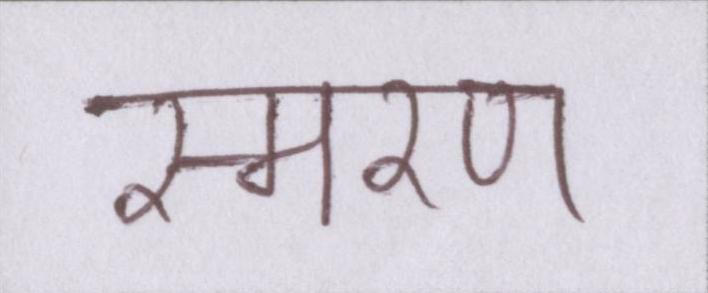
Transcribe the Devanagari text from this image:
स्मरण